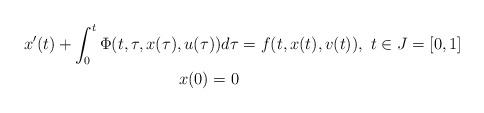
LaTeX: \begin{align*}x^{\prime}(t)+\int_{0}^{t}\Phi(t,\tau,x(\tau),u(\tau))d\tau &=f(t,x(t),v(t)),\ t\in J=[0,1]\\x(0)=0 &\end{align*}